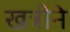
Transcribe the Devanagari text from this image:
खत्रीने